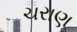
ચરાણ